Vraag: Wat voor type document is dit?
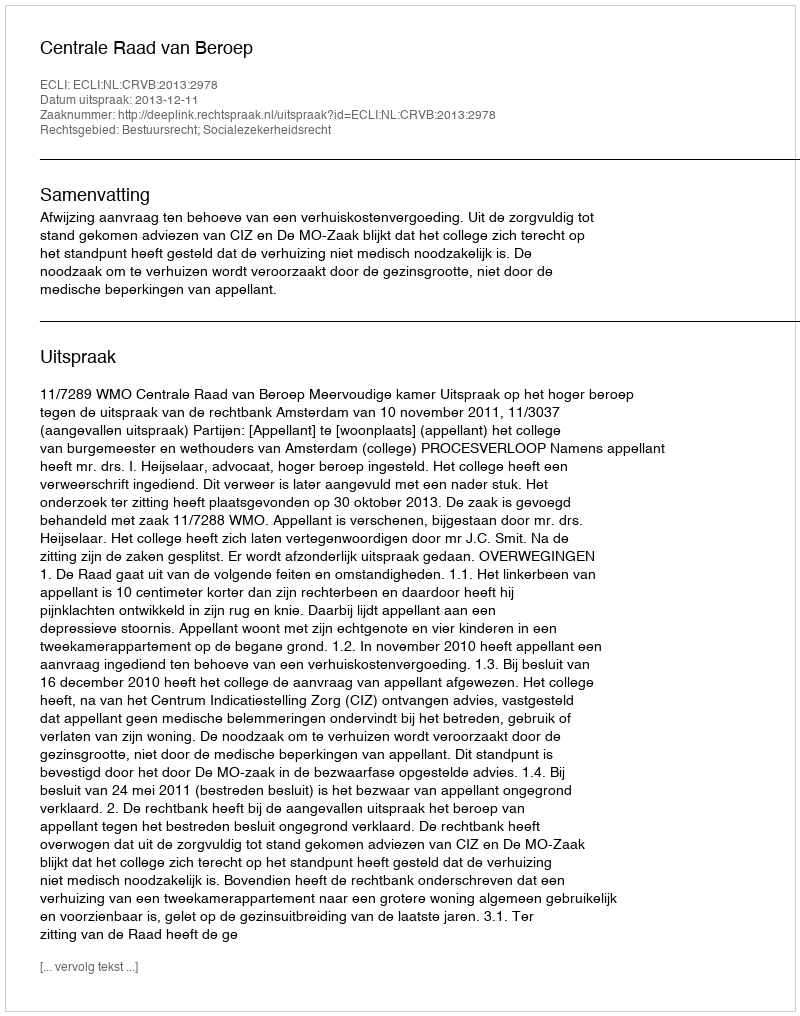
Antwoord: Uitspraak